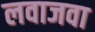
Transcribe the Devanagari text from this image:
लवाजवा